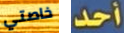
خاصتي أحد